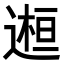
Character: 𨕹